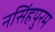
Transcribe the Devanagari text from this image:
नसिंहपुरम